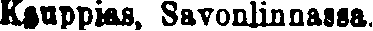
Kauppias, Savonlinnassa.